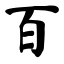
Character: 百